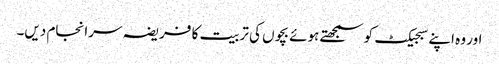
اور وہ اپنے سبجیکٹ کو سمجھتے ہوئے بچوں کی تربیت کا فریضہ سرانجام دیں۔